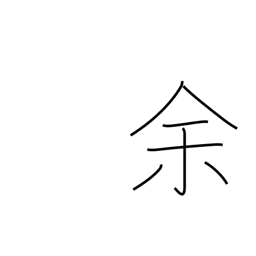
Meaning: remainder